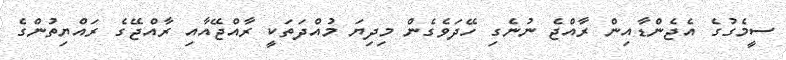
ސީމެގުގެ އެޖެންޑާއިން ރާއްޖެ ނުނެގި ހޭދަވެގެން މިދިޔަ މުއްދަތަކީ ރާއްޖޭއާއި ރާއްޖޭގެ ރައްޔިތުންގެ